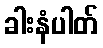
ခါးနံပါတ်